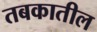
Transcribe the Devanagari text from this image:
तबकातील